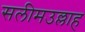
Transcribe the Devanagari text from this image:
सलीमउल्लाह